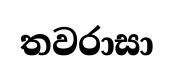
තවරාසා